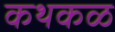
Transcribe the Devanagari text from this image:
कथकळ